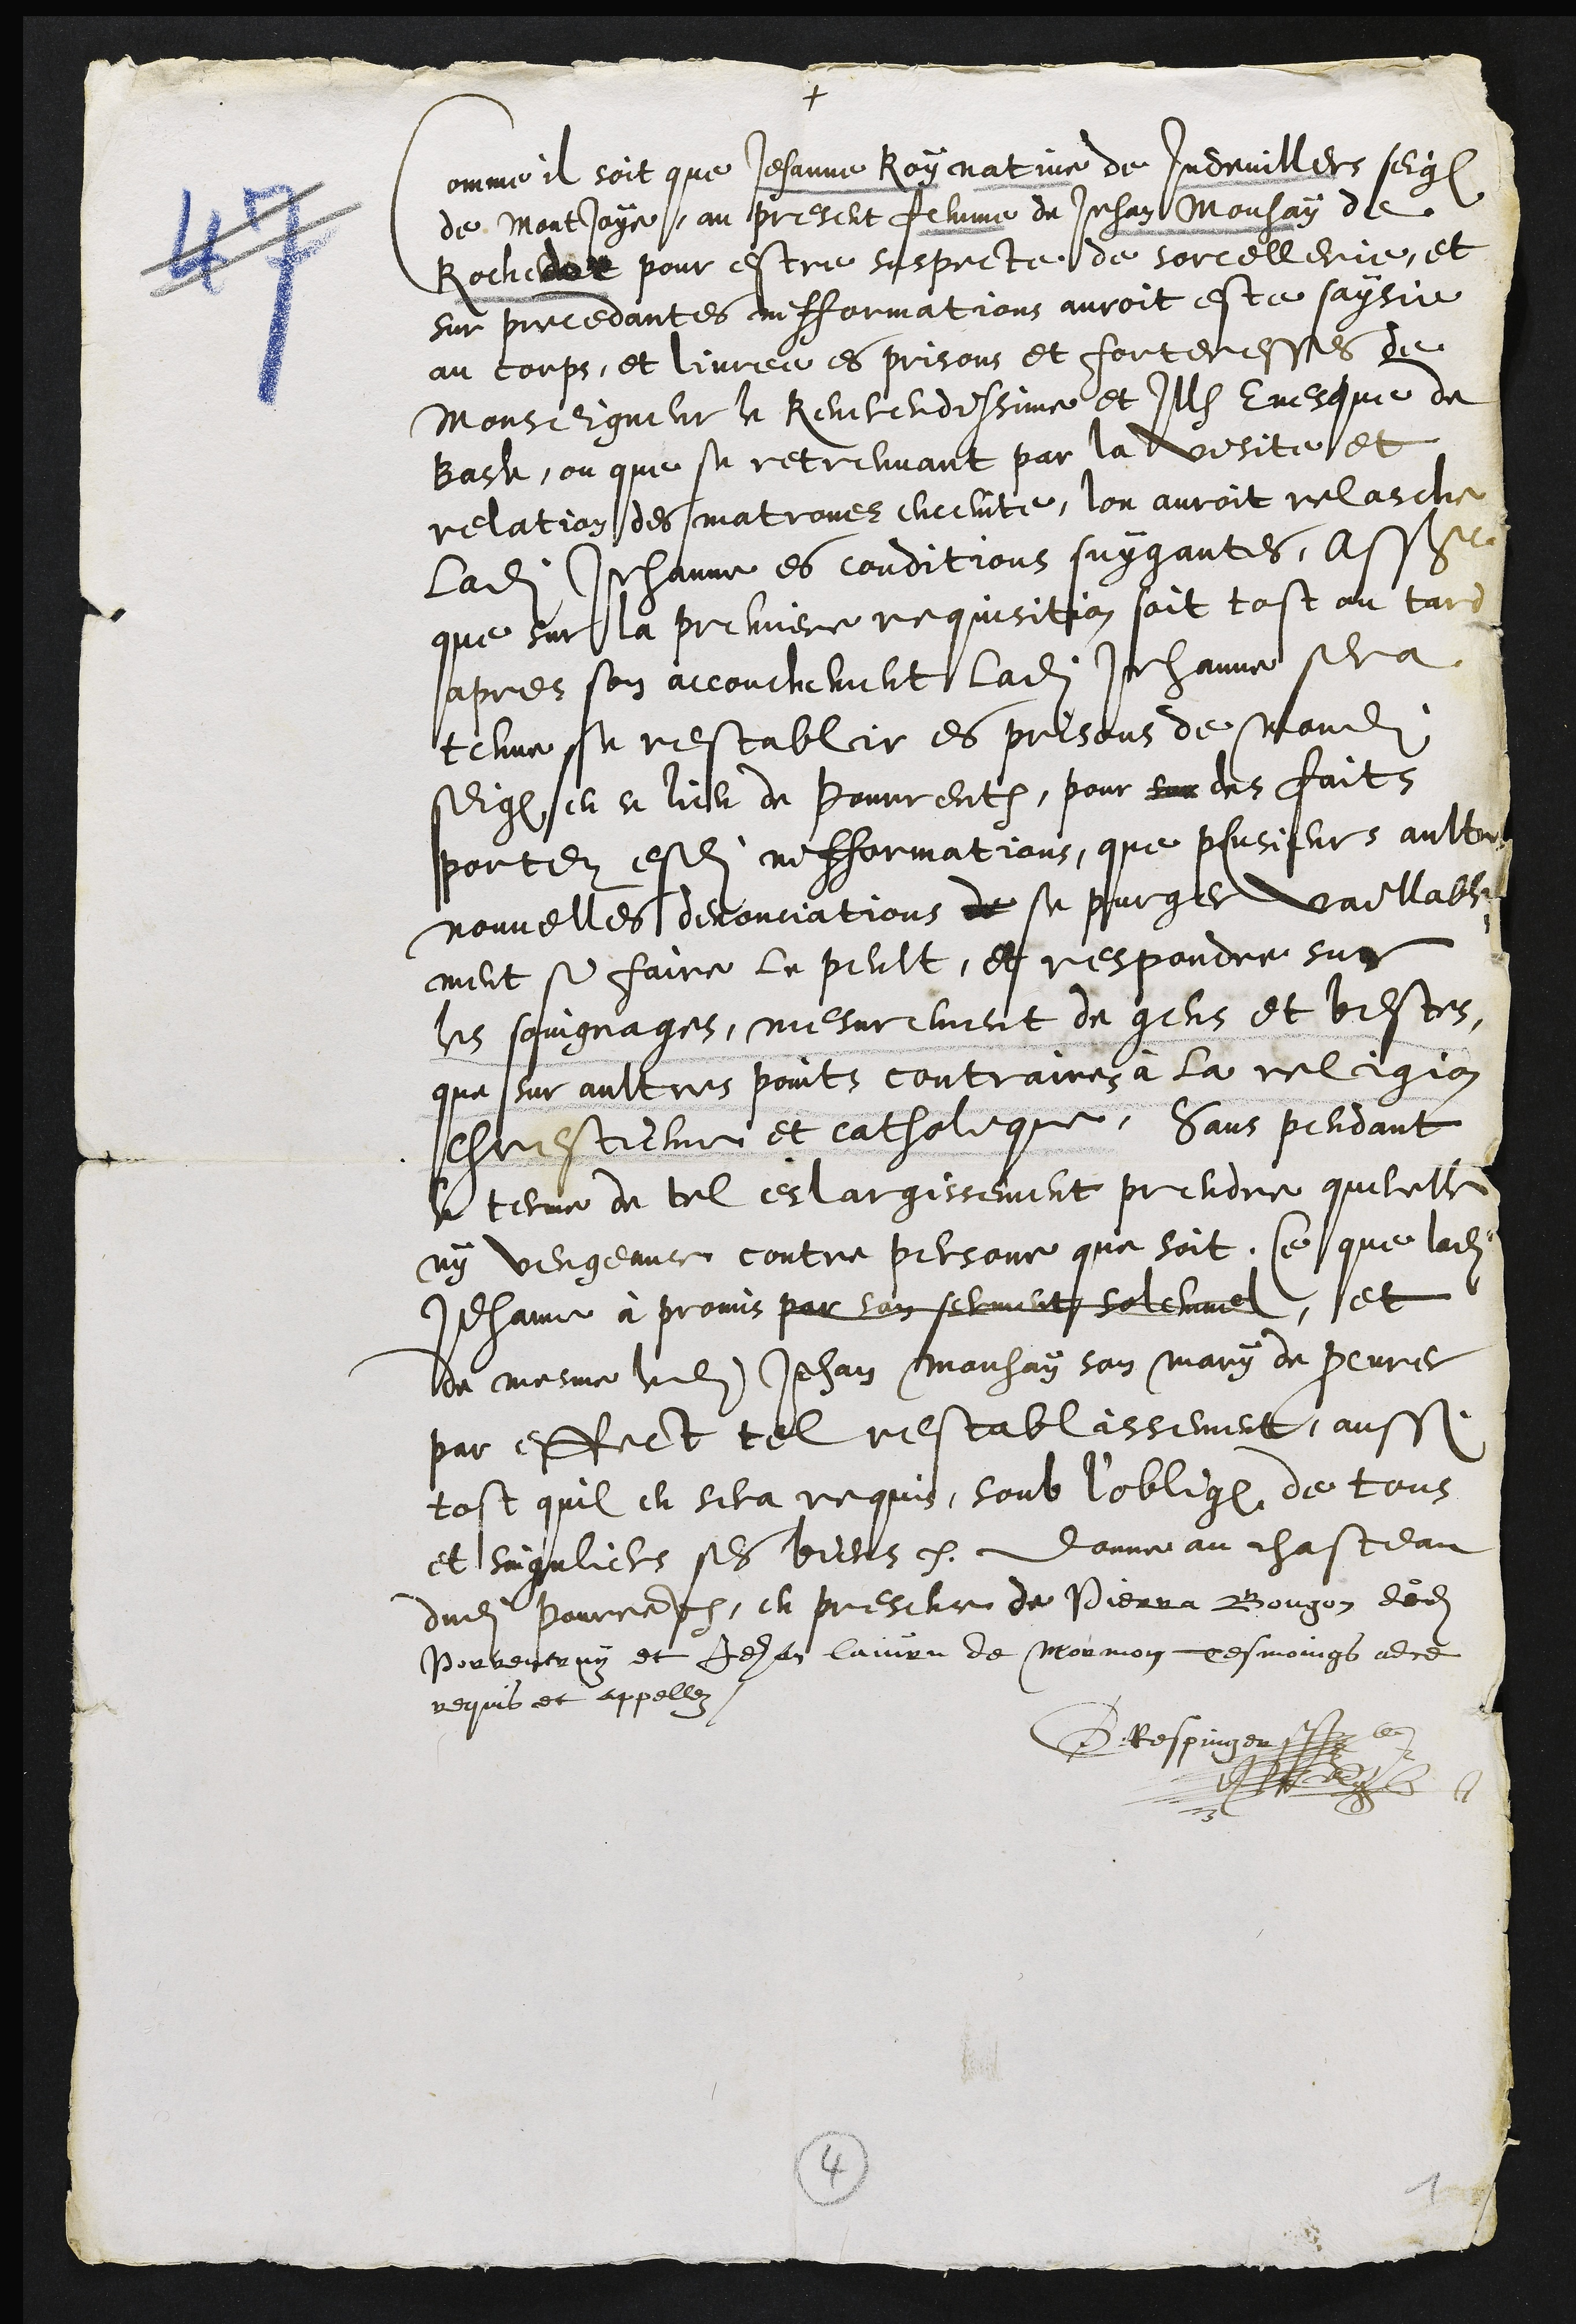
+
Comme il soit que Jehanne Roy native de Indevillers seig
de Montjoye, au present femme de Jehan Mouhay de
Rochedor pour estre suspecte de sorcellerie, et
sur precedantes infformations auroit este saysie
au corps, et livree es prisons et forteresses de
Monseigneur le Reverendissime et Ill Evesque de
Basle, ou que se retreuvant par la visite et
relation des matrones enceinte, lon auroit relasche
ladite Jehanne es conditions suygantes, assavoir
que sur la premiere requisition soit tost ou tard
apres son accouchement ladite Jehanne sera
tenue se restablir es prisons de mondit
seig en ce lieu de Pourrentruy, pour sur des faits
portez esdites infformations, que plusieurs aultres
nouvelles denonciations de se purger vaillable¬
ment si faire le peult, et respondre sur
les soingnages, mesurement de gens et bestes,
que sur aultres points contraires à la religion
chrestiene et catholique sans pendant
le terme de tel eslargissement prendre querelle
ny vengeance contre personne que soit, Ce que ladite
Jehanne a promis par son serment solemnel, et
de mesme ledit Jehan Mouhay son mary de procurer
par effect tel restablissement aussi
tost quil en sera requis, soub l'oblig de tous
et singuliers ses biens. Donne au chasteau
dudit Pourrentruy, en presence de Pierra Bougon dudit
Porrentruy et Jehan laivre de Mormon tesmoings adce
requis et appellez
GRespinger

4
1